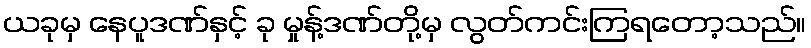
ယခုမှ နေပူဒဏ်နှင့် ခု မှုန့်ဒဏ်တို့မှ လွတ်ကင်းကြရတော့သည်။